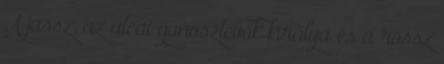
A jassz, az utcai gonosztevők királya és a rossz